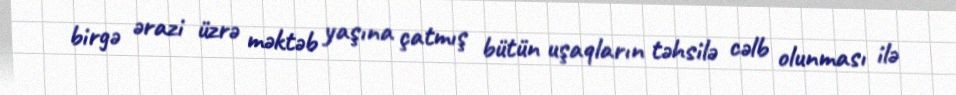
birgə ərazi üzrə məktəb yaşına çatmış bütün uşaqların təhsilə cəlb olunması ilə